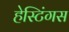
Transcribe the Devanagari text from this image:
हेस्टिंगस